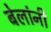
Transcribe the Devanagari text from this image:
बेलांनी